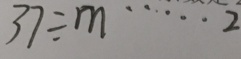
3 7 \div m \cdots 2